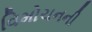
વિમોચનની